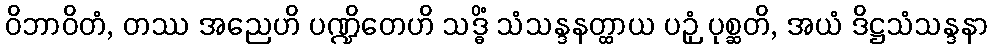
ဝိဘာဝိတံ, တဿ အညေဟိ ပဏ္ဍိတေဟိ သဒ္ဓိံ သံသန္ဒနတ္ထာယ ပဉှံ ပုစ္ဆတိ, အယံ ဒိဋ္ဌသံသန္ဒနာ